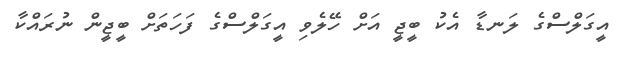
އީގަލްސްގެ ލަނޑާ އެކު ބީޖީ އަށް ހޭލެވި އީގަލްސްގެ ފަހަތަށް ބީޖީން ނުރައްކާ